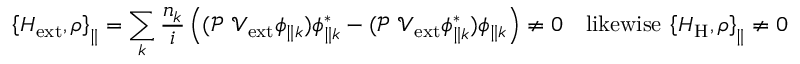
\left\{ H _ { \mathrm { e x t } } , \rho \right\} _ { \parallel } = \sum _ { k } { \frac { n _ { k } } { i } \left( ( \mathcal { P } \ \mathcal { V } _ { \mathrm { e x t } } \phi _ { \parallel k } ) \phi _ { \parallel k } ^ { * } - ( \mathcal { P } \ \mathcal { V } _ { \mathrm { e x t } } \phi _ { \parallel k } ^ { * } ) \phi _ { \parallel k } \right) } \neq 0 \quad \mathrm { l i k e w i s e } \ \left\{ H _ { \mathrm { H } } , \rho \right\} _ { \parallel } \neq 0 \quad \mathrm { a n d } \ \left\{ H _ { \mathrm { X C } } , \rho \right\} _ { \parallel } \neq 0 .